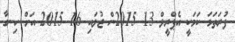
ފުރަތަމަ ކަމަކީ އެޕްރީލް 13 2015ން ޖުލައި 16 2015 އަށް ހިނގާ